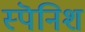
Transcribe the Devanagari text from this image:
स्पॆनिश